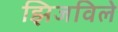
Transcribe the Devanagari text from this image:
झिजविले